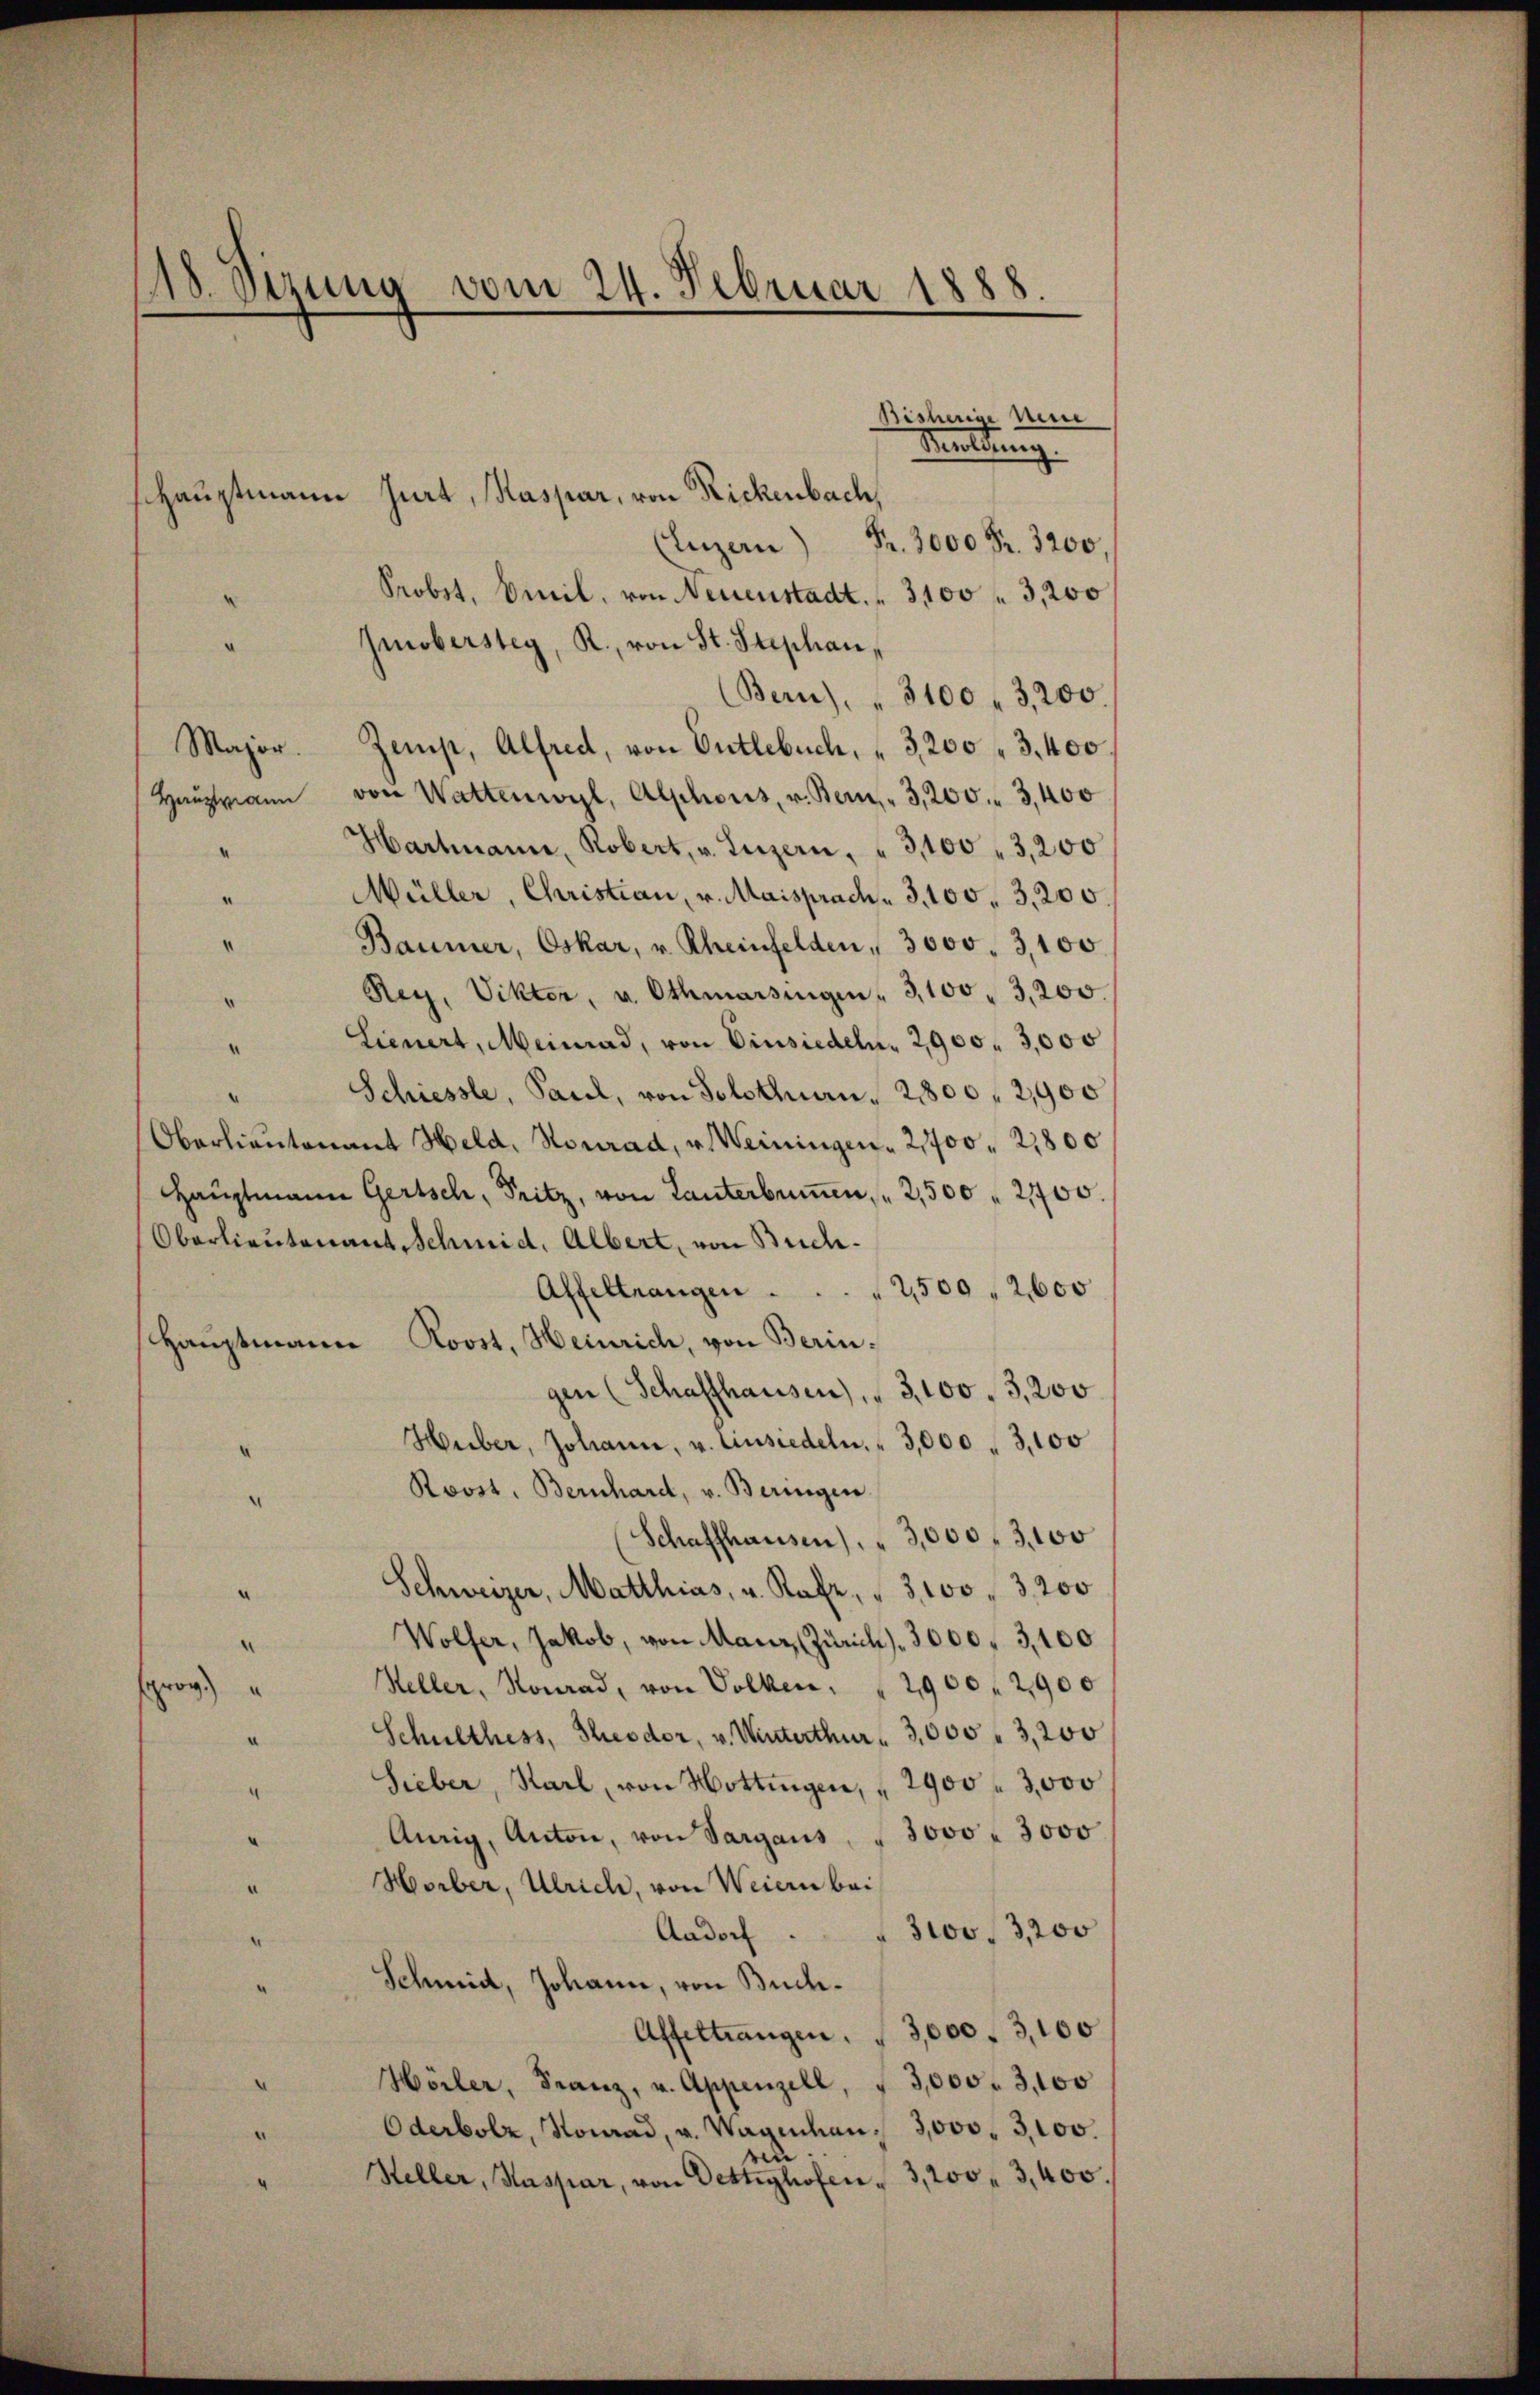
18. Sezung vom 24. Februar 1888.
.
Bisherise neue
Meldung.
shauptmann Jurt, Kaspar, von Rickenbach,
(Luzern) Fr. 3000 Fr. 3200,
Probst, Emil, von Neuenstadt. 3100 f 3,200

Ioberstey, R., von St. Stephan,
(Bern). " 3100 " 3,200.
Major. Zemp, Alfred, von Entlebuch, 3200 " 3400
Haŭptmann von Wattenwyl, Alphonis, v. Bern - 3,200. 3400
Hartmann, Robert, v. Luzern, " 3,100 " 3,200
“
Müller, Christian, v. Maisprach. 3. 100, 3,200.
.
“
Baumer, Oskar, u. Rheinfelden, 3000. 3100.
Rey, Vikter, u. Othmarsingen " 3,100 - 3,200.
Lienert, Meinrad, von Einsiedeln, 2900. 3,000
“
Schiessle, Paul, von Solothurn, 2800 2,900
Oberlieutenant Held, Neurad, v. Weiningen. 21700. 21800
Hauptmann Gertsch, Pritz, von Lanterbumen " 2,500    21700
Oberlieutenant Schmid, Albert, von Buch¬
Affeltrangen                   2500 " 2600
Hauptmann Roost, Heinrich, von Beringen (Schaffhausen), " 3,100. 3,200
Huber, Johann, v. Einsiedeln. " 3,000 " 3,100
Roost, Bernhard, v. Beringen
Schaffhausen). " 3,000 f 3100
Schweizer, Matthias, u. Rafz, " 3100. 3200
¬
Wolfer, Jakob, von Manz, Zürich 3000 f 3,100
.
Heller, Konrad, von Volken, 2900 f 2900
sproc
Schulthess, Theodor, v. Winterthur 3,000 - 3,200
Sieber, Karl, von Hottingen, " 2900  3,000
“
Anrig, Anton, von Sargaus, " 3000 " 3000
Horber, Ulrich, von Weiern bei
" 3000 /3,200
Aadorf
Schmid, Johann, von Buch¬
Affeltrangen. " 3,000. 3,100
.
Hörler, Franz, u. Appenzell, § 3,000 - 3,100
Oderbolz, Konrad, u. Wagenau 3,000. 3,100.
iu
Steller, Kaspar, von Oettighofen. 3, 200 " 3400.
“

.